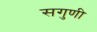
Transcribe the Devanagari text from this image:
सगुणी